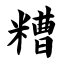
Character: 糟